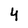
Character: 4